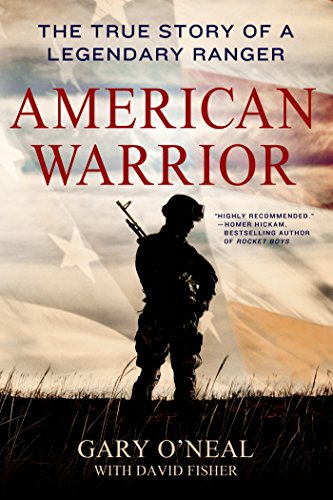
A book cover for American Warrior: The True Story of a Legendary Ranger; Gary O'Neal; Biographies & Memoirs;